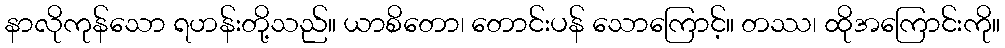
နာလိုကုန်သော ရဟန်းတို့သည်။ ယာစိတော၊ တောင်းပန် သောကြောင့်။ တဿ၊ ထိုအကြောင်းကို။